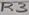
Text: R3